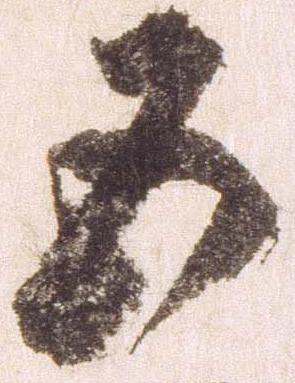
五